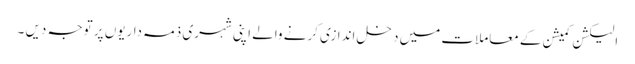
الیکشن کمیشن کے معاملات میں دخل اندازی کرنے والے اپنی شہری ذمہ داریوں پر توجہ دیں ۔